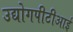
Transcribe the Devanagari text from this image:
उद्योगपीटीआई